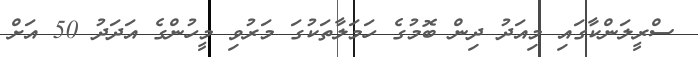
ސްރީލަންކާގައި މިއަދު ދިން ބޮމުގެ ހަމަލާތަކުގަ މަރުވި މީހުންގެ އަދަދު 50 އަށް